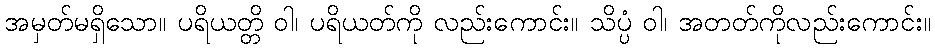
အမှတ်မရှိသော။ ပရိယတ္တိ ဝါ၊ ပရိယတ်ကို လည်းကောင်း။ သိပ္ပံ ဝါ၊ အတတ်ကိုလည်းကောင်း။